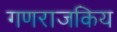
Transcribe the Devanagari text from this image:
गणराजकिय